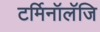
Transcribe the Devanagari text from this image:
टर्मिनॉलॅजि